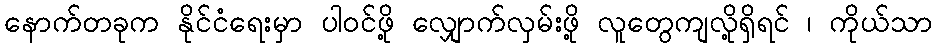
နောက်တခုက နိုင်ငံရေးမှာ ပါဝင်ဖို့ လျှောက်လှမ်းဖို့ လူတွေကျလို့ရှိရင် ၊ ကိုယ်သာ